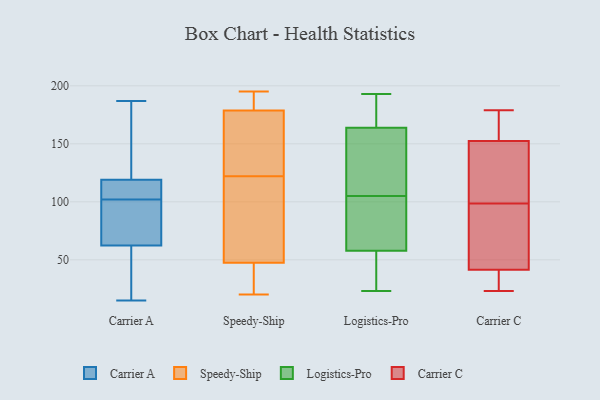
{"axis": {"x": "Production Output", "y": "Value"}, "legend": ["Carrier A", "Carrier C", "Logistics-Pro", "Speedy-Ship"], "data": [{"x": "", "y": 78, "type": "Carrier A"}, {"x": "", "y": 63, "type": "Carrier A"}, {"x": "", "y": 187, "type": "Carrier A"}, {"x": "", "y": 120, "type": "Carrier A"}, {"x": "", "y": 116, "type": "Carrier A"}, {"x": "", "y": 151, "type": "Carrier A"}, {"x": "", "y": 62, "type": "Carrier A"}, {"x": "", "y": 40, "type": "Carrier A"}, {"x": "", "y": 15, "type": "Carrier A"}, {"x": "", "y": 115, "type": "Carrier A"}, {"x": "", "y": 102, "type": "Carrier A"}, {"x": "", "y": 118, "type": "Speedy-Ship"}, {"x": "", "y": 195, "type": "Speedy-Ship"}, {"x": "", "y": 170, "type": "Speedy-Ship"}, {"x": "", "y": 161, "type": "Speedy-Ship"}, {"x": "", "y": 26, "type": "Speedy-Ship"}, {"x": "", "y": 180, "type": "Speedy-Ship"}, {"x": "", "y": 20, "type": "Speedy-Ship"}, {"x": "", "y": 39, "type": "Speedy-Ship"}, {"x": "", "y": 31, "type": "Speedy-Ship"}, {"x": "", "y": 179, "type": "Speedy-Ship"}, {"x": "", "y": 178, "type": "Speedy-Ship"}, {"x": "", "y": 85, "type": "Speedy-Ship"}, {"x": "", "y": 64, "type": "Speedy-Ship"}, {"x": "", "y": 194, "type": "Speedy-Ship"}, {"x": "", "y": 177, "type": "Speedy-Ship"}, {"x": "", "y": 122, "type": "Speedy-Ship"}, {"x": "", "y": 92, "type": "Speedy-Ship"}, {"x": "", "y": 194, "type": "Speedy-Ship"}, {"x": "", "y": 42, "type": "Speedy-Ship"}, {"x": "", "y": 124, "type": "Logistics-Pro"}, {"x": "", "y": 37, "type": "Logistics-Pro"}, {"x": "", "y": 193, "type": "Logistics-Pro"}, {"x": "", "y": 164, "type": "Logistics-Pro"}, {"x": "", "y": 163, "type": "Logistics-Pro"}, {"x": "", "y": 105, "type": "Logistics-Pro"}, {"x": "", "y": 55, "type": "Logistics-Pro"}, {"x": "", "y": 23, "type": "Logistics-Pro"}, {"x": "", "y": 32, "type": "Logistics-Pro"}, {"x": "", "y": 85, "type": "Logistics-Pro"}, {"x": "", "y": 66, "type": "Logistics-Pro"}, {"x": "", "y": 155, "type": "Logistics-Pro"}, {"x": "", "y": 94, "type": "Logistics-Pro"}, {"x": "", "y": 188, "type": "Logistics-Pro"}, {"x": "", "y": 193, "type": "Logistics-Pro"}, {"x": "", "y": 164, "type": "Carrier C"}, {"x": "", "y": 60, "type": "Carrier C"}, {"x": "", "y": 23, "type": "Carrier C"}, {"x": "", "y": 93, "type": "Carrier C"}, {"x": "", "y": 153, "type": "Carrier C"}, {"x": "", "y": 45, "type": "Carrier C"}, {"x": "", "y": 152, "type": "Carrier C"}, {"x": "", "y": 179, "type": "Carrier C"}, {"x": "", "y": 38, "type": "Carrier C"}, {"x": "", "y": 28, "type": "Carrier C"}, {"x": "", "y": 115, "type": "Carrier C"}, {"x": "", "y": 104, "type": "Carrier C"}]}